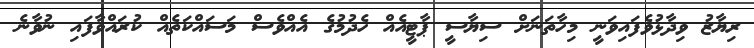
ރިޔާޒު ވިދާޅުވެފައިވަނީ މިހާތަނަށް ސިޔާސީ ޕާޓީއެއް ހެދުމުގެ އެއްވެސް މަސައްކަތެއް ކުރައްވާފައި ނުވާނެ